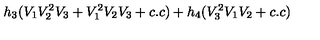
h _ { 3 } ( V _ { 1 } V _ { 2 } ^ { 2 } V _ { 3 } + V _ { 1 } ^ { 2 } V _ { 2 } V _ { 3 } + c . c ) + h _ { 4 } ( V _ { 3 } ^ { 2 } V _ { 1 } V _ { 2 } + c . c )